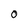
Character: 0